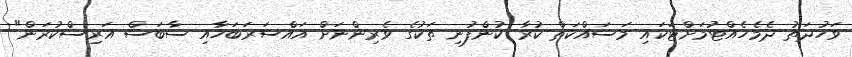
ވަހުދަތު ދެމެހެއްޓުމަށްޓަކައި މަސައްކަތް ކުރާ ކުންފުނި ތަކުގެ ވެރިންނަށް އައްސަރަބަހާއި ސާބަސް އަރިސްކުރަން"